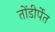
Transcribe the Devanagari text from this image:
तोंडीर्पेत